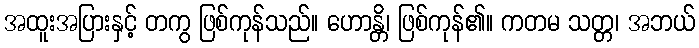
အထူးအပြားနှင့် တကွ ဖြစ်ကုန်သည်။ ဟောန္တိ၊ ဖြစ်ကုန်၏။ ကတမ သတ္တ၊ အဘယ်